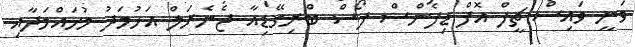
ވަނީ ވައިސް ޗީފް އޮފް ޑިފެންސް ފޯސް ބްރިގޭޑިއާ ޖެނެރަލް އަހުމަދު މުހައްމަދާއި